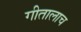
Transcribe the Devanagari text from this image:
गीतालाच